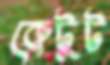
কেটুট